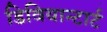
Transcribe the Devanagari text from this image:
डिवियान्टार्ट